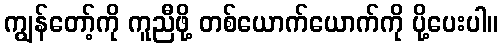
ကျွန်တော့်ကို ကူညီဖို့ တစ်ယောက်ယောက်ကို ပို့ပေးပါ။